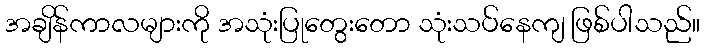
အချိန်ကာလများကို အသုံးပြုတွေးတော သုံးသပ်နေကျ ဖြစ်ပါသည်။